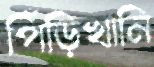
পিঁড়িখানি